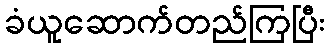
ခံယူဆောက်တည်ကြပြီး